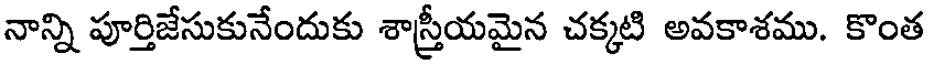
నాన్ని పూర్తిజేసుకునేందుకు శాస్త్రీయమైన చక్కటి అవకాశము. కొంత